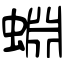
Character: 蜵